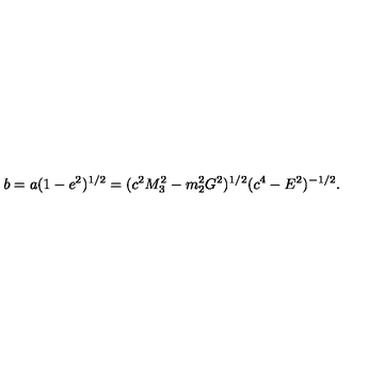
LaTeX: b = a ( 1 - e ^ { 2 } ) ^ { 1 / 2 } = ( c ^ { 2 } M _ { 3 } ^ { 2 } - m _ { 2 } ^ { 2 } G ^ { 2 } ) ^ { 1 / 2 } ( c ^ { 4 } - E ^ { 2 } ) ^ { - 1 / 2 } .